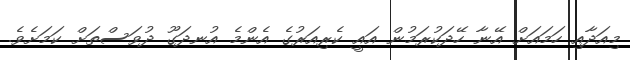
މިއަދާއި ހަމައަށް އޭނާ ހޭދަކުރަމުން އައީ ކެރިއަރުގެ އެންމެ އުނދަގޫ ދުވަސްތަށް ކަމަށެވެ.